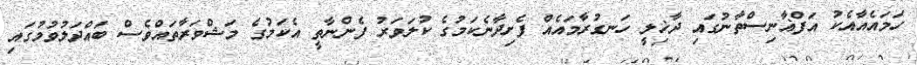
ހަމައެއާއެކު އަފްޣާނިސްތާނުގައި ދާޚިލީ ހަނގުރާމައެއް ފެށިދާނެކަމުގެ ކުލަވަރު ފެންނާތީ އެކަމުގެ މަޝްވަރާތައްވެސް ބައްދަލުވުމުގައި